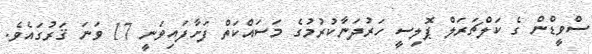
ސްވީޑްން ގެ ކަލްޗަރަލް ޕޮލިސީ ހަރުދަނާކުރުމުގެ މަސައްކަތް ފަށާފައިވަނީ 17 ވަނަ ޤަރުގައެވެ.